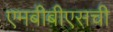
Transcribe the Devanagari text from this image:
एमबीबीएसची